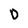
Character: D